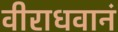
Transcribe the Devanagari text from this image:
वीराधवानं